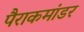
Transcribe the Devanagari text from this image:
पैराकमांडर